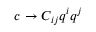
c \rightarrow C _ { i j } q ^ { i } q ^ { j }